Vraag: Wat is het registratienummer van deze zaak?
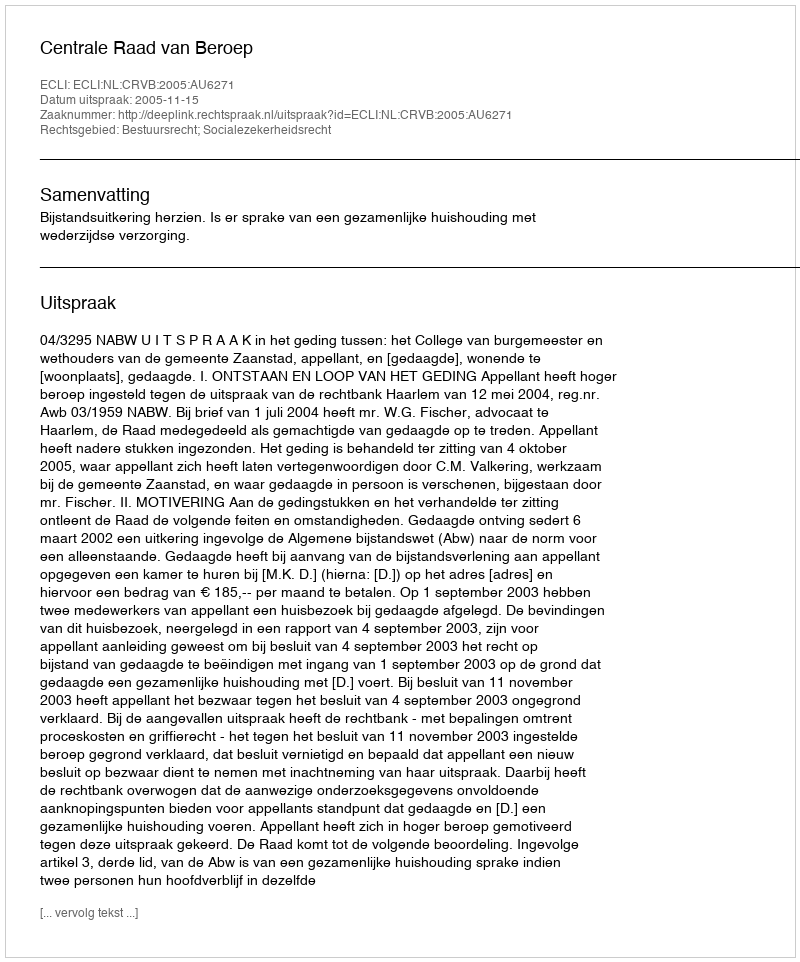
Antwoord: http://deeplink.rechtspraak.nl/uitspraak?id=ECLI:NL:CRVB:2005:AU6271